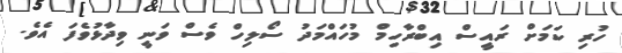
ހުރި ކަމަށް ރައީސް އިބްރާހިމް މުހައްމަދު ސޯލިހް ވެސް ވަނީ ވިދާޅުވެފަ އެވެ.